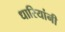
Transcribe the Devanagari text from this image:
धारियांनी